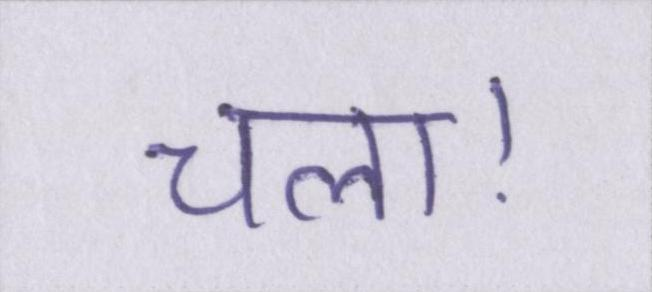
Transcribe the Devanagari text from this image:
चला।